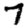
Digit: 7